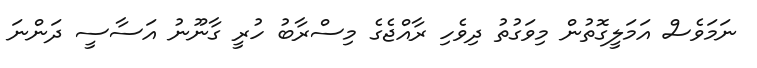
ނަމަވެސް އަމަލީގޮތުން މިވަގުތު ދިވެހި ރާއްޖެގެ މިސްރާބު ހުރީ ގާނޫނު އަސާސީ ދަންނަ